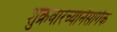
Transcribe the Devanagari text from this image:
शुक्रवारच्यानैसर्गिक